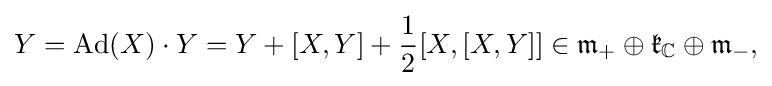
\displaystyle {Y=\mathrm {Ad} (X)\cdot Y=Y+[X,Y]+{1 \over 2}[X,[X,Y]]\in {\mathfrak {m}}_{+}\oplus {\mathfrak {k}}_{\mathbb {C} }\oplus {\mathfrak {m}}_{-},}